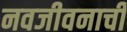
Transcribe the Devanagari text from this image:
नवजीवनाची